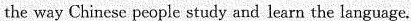
the way Chinese people study and learn the language.